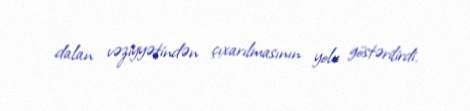
dalan vəziyyətindən çıxarılmasının yolu göstərilirdi.